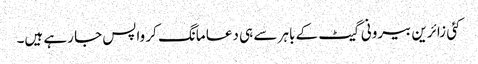
کئی زائرین بیرونی گیٹ کے باہر سے ہی دعا مانگ کر واپس جا رہے ہیں۔